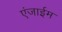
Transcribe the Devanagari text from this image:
एंजाईम